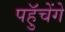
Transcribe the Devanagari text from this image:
पहुॅचेंगे